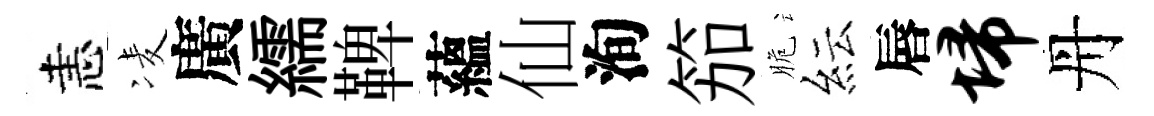
恚凌廣繻鞞蘊仙洵笳脆紜唇埽丹